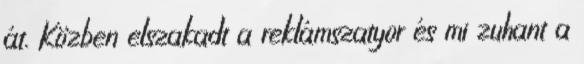
át. Közben elszakadt a reklámszatyor és mi zuhant a